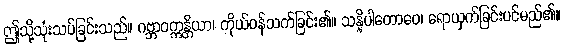
ဤသို့သုံးသပ်ခြင်းသည်။ ဂဗ္ဘာဝက္ကန္တိယာ၊ ကိုယ်ဝန်သက်ခြင်း၏။ သန္နိပါတောဝေ၊ ရောယှက်ခြင်းပင်မည်၏။